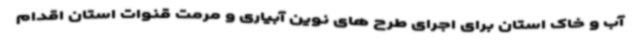
آب و خاک استان برای اجرای طرح های نوین آبیاری و مرمت قنوات استان اقدام